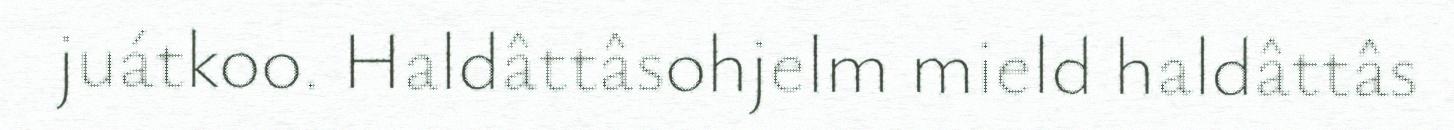
juátkoo. Haldâttâsohjelm mield haldâttâs